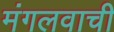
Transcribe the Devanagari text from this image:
मंगलवाची